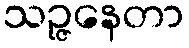
သဉ္ဇနေတာ